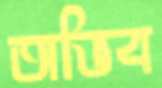
অভিব